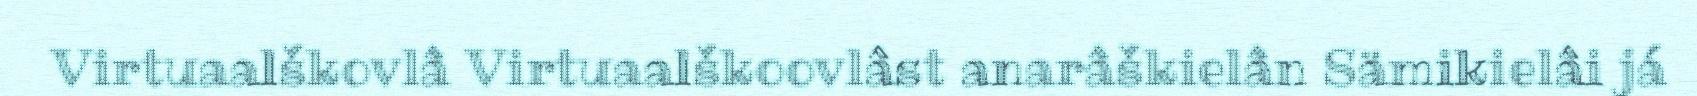
Virtuaalškovlâ Virtuaalškoovlâst anarâškielân Sämikielâi já